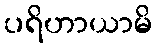
ပရိဟာယာမိ